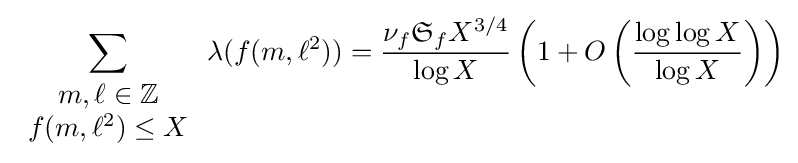
\sum _{\begin{array}{c}m,\ell \in \mathbb {Z} \\f(m,\ell ^{2})\leq X\end{array}}\lambda (f(m,\ell ^{2}))={\frac {\nu _{f}{\mathfrak {S}}_{f}X^{3/4}}{\log X}}\left(1+O\left({\frac {\log \log X}{\log X}}\right)\right)